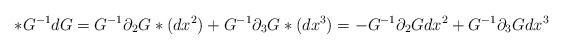
LaTeX: \begin{align*}*G^{-1}dG=G^{-1}\partial_2 G *(dx^2)+G^{-1}\partial_3G*(dx^3)=-G^{-1}\partial_2 Gdx^2+G^{-1}\partial_3G dx^3\end{align*}